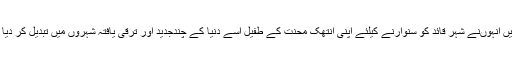
آج جب سیّد مصطفی کمال نے دیکھا کہ جس انداز میں انہوںنے شہر قائدؒ کو سنوارنے کیلئے اپنی انتھک محنت کے طفیل اسے دنیا کے چندجدید اور ترقی یافتہ شہروں میں تبدیل کر دیا تھا،ان دنوں اس شہر میں جابجاگندگی کے ڈھیر ہیں۔